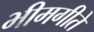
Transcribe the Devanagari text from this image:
भीमगीते